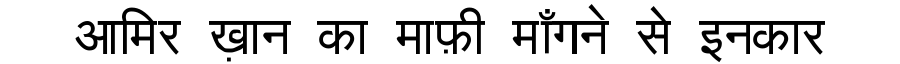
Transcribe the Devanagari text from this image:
आमिर ख़ान का माफ़ी माँगने से इनकार